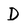
Character: D